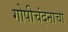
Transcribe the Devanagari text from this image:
गोपीचंदनाचा